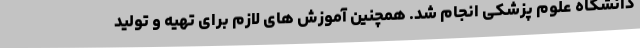
دانشگاه علوم پزشکی انجام شد. همچنین آموزش های لازم برای تهیه و تولید